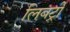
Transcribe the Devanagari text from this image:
लिबर्ट्री